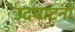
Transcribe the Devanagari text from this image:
उदघाटनों